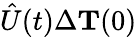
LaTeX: \hat{U}(t)\Delta{{\mathbf T}}(0)